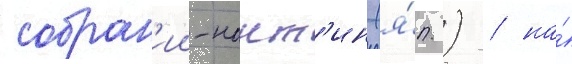
собран'ии-нант'ин (я́п.) / на́